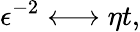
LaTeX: \epsilon^{-2}\longleftrightarrow\eta t,